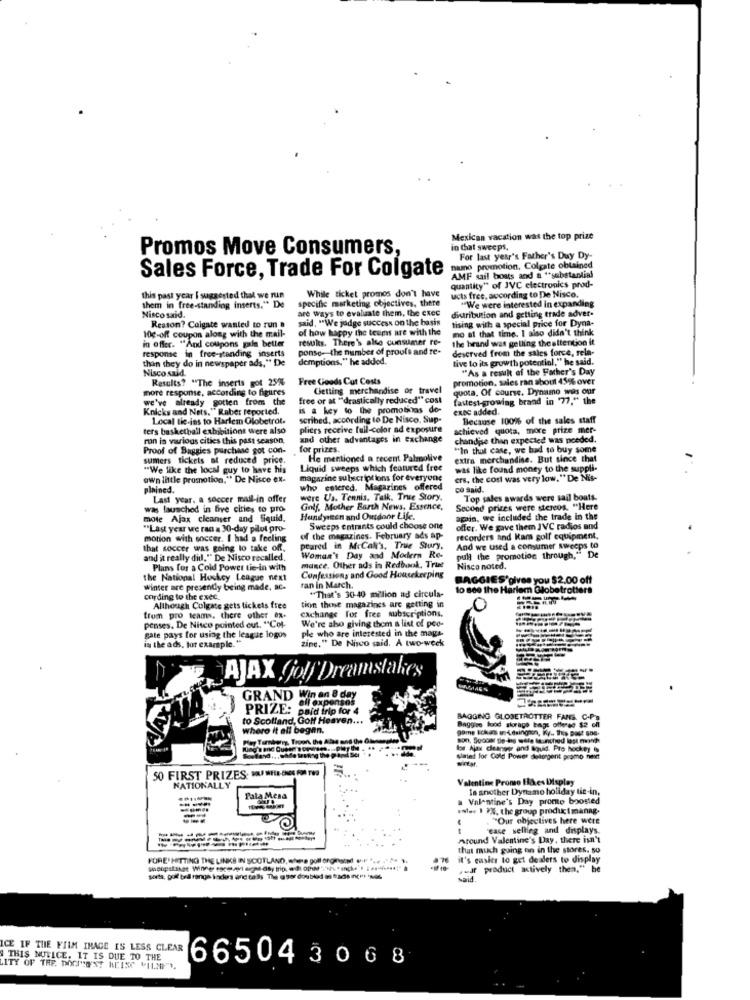
Mexican vacation was the top prize
Promos Move Consumers,
in Chat sweeps.
For last year's Father's Day Dy-
Sales Force, Trade For Colgate
namo promotion, Colgate obtained
AMF sail boats and a "substantial
While ticket promos don't have
quantity" of JVC electronics prod-
this past year I suggested that we run
ucts free, according to De Nisco.
"We were interested in expanding
Nisco said.
them in free-standing inserts." De
specific marketing objectives, there
are ways to evaluate them, the exec
distribution and getting trade adver-
said. "We judge success on the basis
tising with a special price for Dyna-
Reason? Colgate wanted to run B
of how happy the teams are with the
mo at that time. I also didn't think
in offer. "And coupons pala better
10g-off coupon along with the mail-
resuks. There's also consumer re-
the brand was getting the attention it
ponse-the number of proofs and re-
deserved from the sales force, rela-
response in free-standing inserts
than they do in newspaper ads," De
demptions," he added.
tive to its growth potential," he said.
Nisco said.
"As a result of the Father's Day
Results? "The inserts got 25%
Free Goods Cut Costs
promotion, sales ran about 45% over
more response, according to figures
Getting merchandise of travel
quota. Of course. Dynamo was our
we've already gotten from the
free or at "drastically reduced" cost
fastest-growing brand in '77." the
Knicks and Nets." Raber reported.
is a key to lhe promotions de-
exec added.
Local tie-ins to Harlem Globetrot.
scribed, according to De Nisco, Sup-
Because 100% of the sales staff
ters basketball exhibitions were also
pliers receive full-color ad exposure
achieved quota, more prize mer-
run in various cities this past season,
and other advantages in exchange
chandje than expected was needed.
Proof of Baggies purchase got con-
for prizes.
"In that case, we had to buy some
sumers tickets at reduced price.
He mentioned a recent Palmolive
extra merchandise. But since that
"We like the local guy to have his
Liquid sweeps which featured free
was like found money to the suppli-
own little promotion." De Nisce ex-
magazine subscriptions for everyone
ers, the cost was very low." De Nis-
plained.
who entered. Magazines offered
co said.
Last year, a soccer mail-in offer
were Us. Tennis. Talk. True Story.
Top sales awards were sail boats.
was launched in five cities to pro-
Golf, Mother Barth News, Essence,
Second prices were stereos. "Here
mote Ajax cleanser and liquid.
Handyreen and Outdoor Life.
again, we included the trade in the
"Last year we ran a 30-day pilot pro-
Sweeps entrants could choose one
offer. We gave them JVC radios and
motion with soccer. I had a feeling
of the magazines. February ads ap-
recorders and Ram golf equipment,
that soccer was going lo take off.
peared in M.Cali's, True Stury,
And we used a consumer sweeps to
and it really did." De Nisco recalled.
Woman's Day and Modern Re-
pull the promotion through," De
Plans for a Cold Power tie-in with
mance. Other ads in Redbook, True
Nisco noted.
the National Hockey League next
Confessions and Good Housekeeping
BAGGIES'gives you $2.00 off
winter are presently being made, ac.
ran in March.
"That's 30-40 million ad circula-
to see the Harlem Globetrotters
cording to the exec.
Although Colgate gets tickets free
tion those magazines are getting in
exchange for free subscriptions.
trom pro teams. there other ex-
We're also giving them a list of poo-
penses, De Nisco pointed out. "Col-
ple who are interested in the mags.
gate pays for using the league logos
in the ads, for example."
zine," De Nisco said. A two-week
AJAX joly Dreamstakes
GRAND Win en 8 dey
ali expenses
PRIZE: paid trip for 4
to Scoffand, Goff Heaven ...
BAGGING GLOBETROTTER FANS. C.P.
where it all began.
Baggies lood storage bags offered $2 of
game Ichad undesingion, Ky .. This past sne-
son, Soccer tie-ig were launched last month
los Ajax cleanser and Squid. Pro hockey is
slated for Cold Power deborgent promo next
50 FIRST PRIZES. POIWIEE-CHOS FOR THE
NATIONALLY
Valentine Promo Faces Display
In another Dynamo holiday tie-in,
Pala Mesa
a Valentine's Day prome boosted
enter 1 2%, the group product manng.
"Our objectives here were
ease selling and displays.
around Valentine's Day, there isn't
that much going on in the stores, so
FURET HITTING THE LINKS IN SCOTLAND, where golf organsind ve " .. .
it's easier to get dealers to display
,af product actively then." he
sorta, golf ball range kaders and calls The a sor doubled as tads Incor nos
said
ICE IF THE FILM IMAGE IS LESS CLEAR
THIS NOTICE. IT IS DUE TO THE
665043068
LITY OF THE DOGISENT MEISC VILNITL